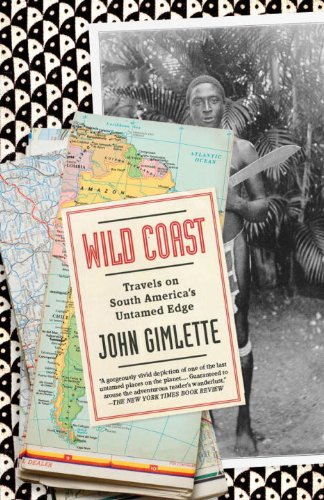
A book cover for Wild Coast: Travels on South America's Untamed Edge (Vintage Departures); John Gimlette; Travel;